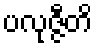
ပလုဇ္ဇီတိ